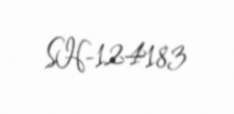
SH-124183